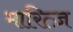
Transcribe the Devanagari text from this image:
मारित्ज़